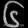
Digit: ၆